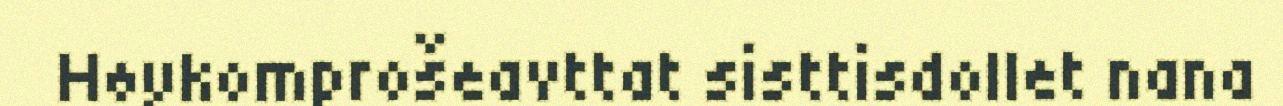
Høykomprošeavttat sisttisdollet nana